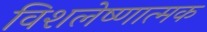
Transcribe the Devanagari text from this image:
विशलेष्णात्मक